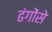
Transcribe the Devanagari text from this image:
ढंगोंसे